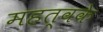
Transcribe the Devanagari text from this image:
महत्वके